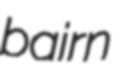
bairn